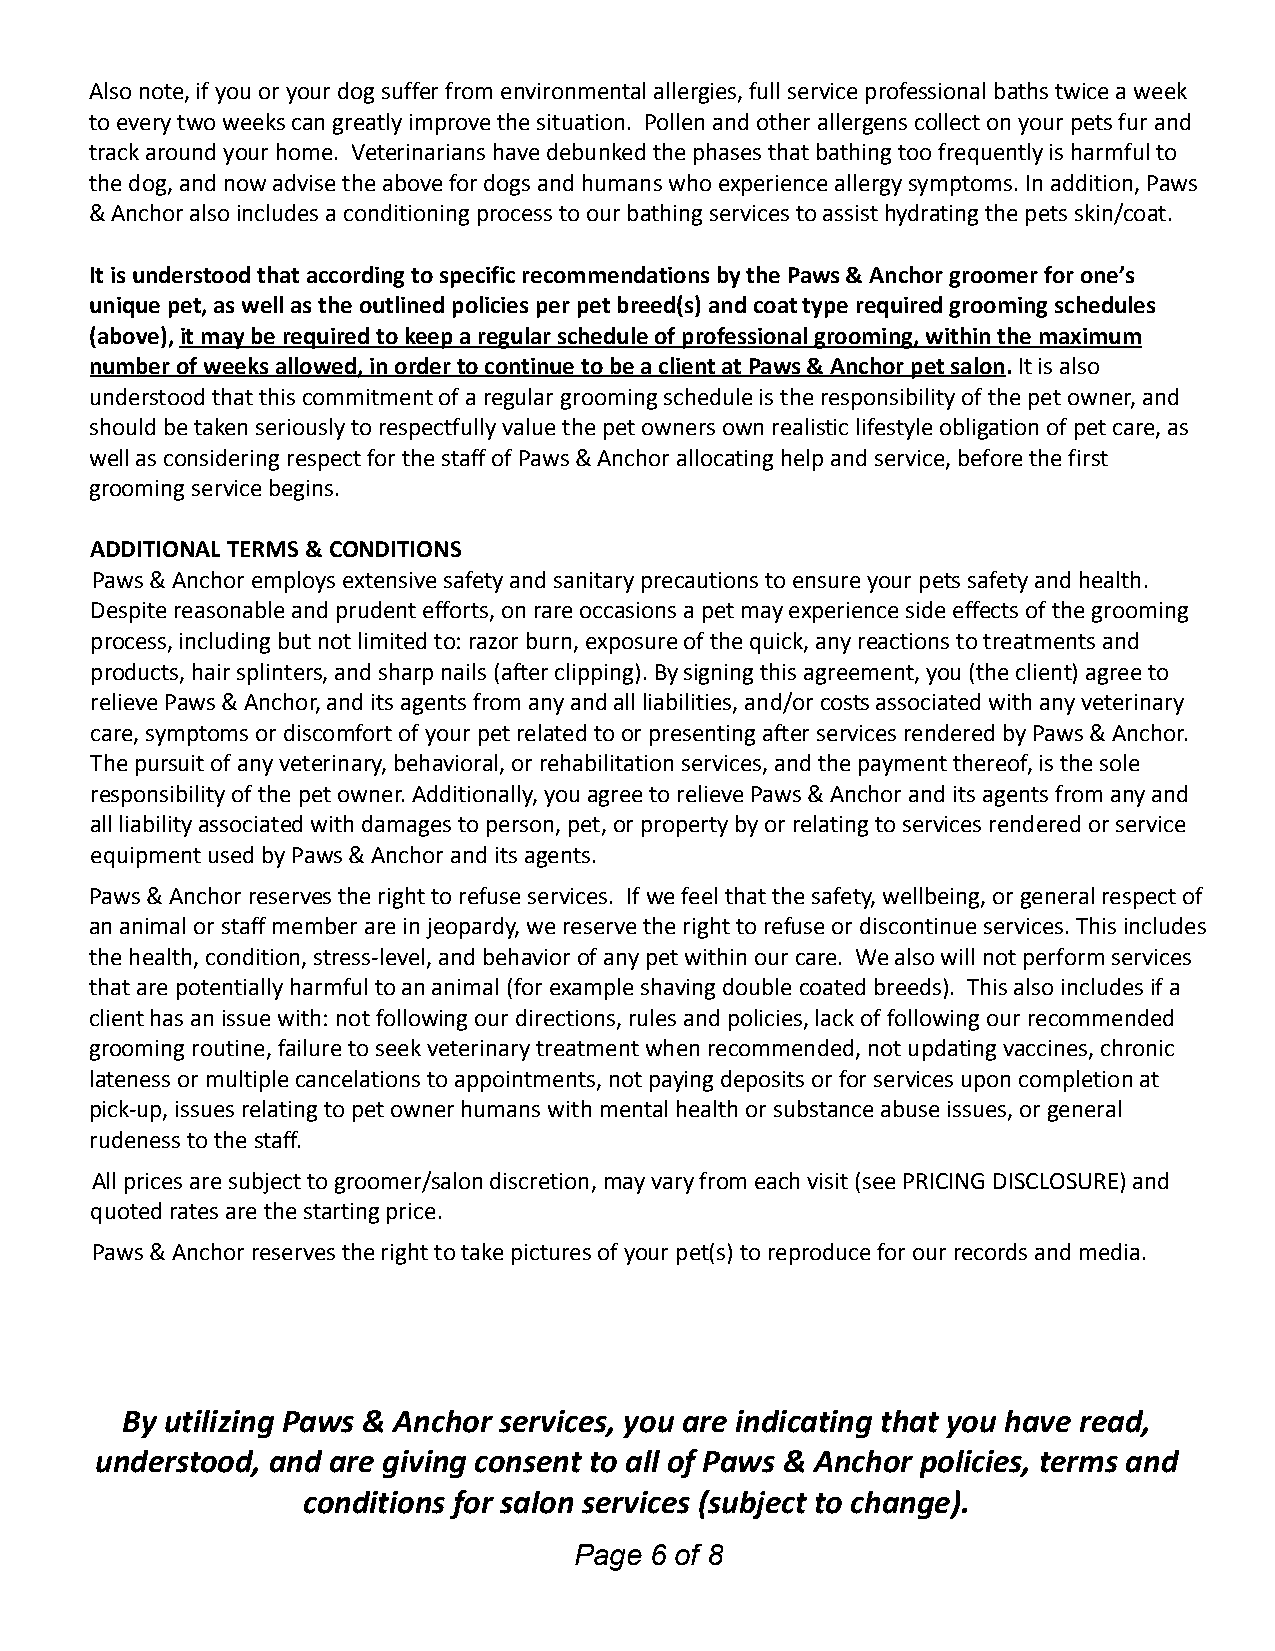
Also note, if you or your dog suffer from environmental allergies, full service professional baths twice a week
 to every two weeks can greatly improve the situation. Pollen and other allergens collect on your pets fur and
 track around your home. Veterinarians have debunkedthe phases that bathing too frequently is harmfulto
 the dog, and now advise the above for dogs and humanswho experience allergy symptoms. In addition, Paws
 & Anchor also includes a conditioning process to ourbathing services to assist hydrating the pets skin/coat.
 It is understood that according to specific recommendationsby the Paws & Anchor groomer for one’s
 unique pet, as well as the outlined policies per petbreed(s) and coat type required grooming schedules
 (above),it may be required to keep a regular scheduleof professional grooming, within the maximum
 number of weeks allowed, in order to continue to bea client at Paws & Anchor pet salon.It is also
 understood that this commitment of a regular groomingschedule is the responsibility of the pet owner,and
 should be taken seriously to respectfully value thepet owners own realistic lifestyle obligation ofpet care, as
 well as considering respect for the staff of Paws& Anchor allocating help and service, before the first
 grooming service begins.
 ADDITIONAL TERMS & CONDITIONS
 Paws & Anchor employs extensive safety and sanitaryprecautions to ensure your pets safety and health.
 Despite reasonable and prudent efforts, on rare occasionsa pet may experience side effects of the grooming
 process, including but not limited to: razor burn,exposure of the quick, any reactions to treatmentsand
 products, hair splinters, and sharp nails (after clipping).By signing this agreement, you (the client) agreeto
 relieve Paws & Anchor, and its agents from any andall liabilities, and/or costs associated with anyveterinary
 care, symptoms or discomfort of your pet related toor presenting after services rendered by Paws & Anchor.
 The pursuit of any veterinary, behavioral, or rehabilitationservices, and the payment thereof, is the sole
 responsibility of the pet owner. Additionally, youagree to relieve Paws & Anchor and its agents fromany and
 all liability associated with damages to person, pet,or property by or relating to services rendered orservice
 equipment used by Paws & Anchor and its agents.
 Paws & Anchor reserves the right to refuse services. If we feel that the safety, wellbeing, or generalrespect of
 an animal or staff member are in jeopardy, we reservethe right to refuse or discontinue services. Thisincludes
 the health, condition, stress-level, and behaviorof any pet within our care. We also will not performservices
 that are potentially harmful to an animal (for exampleshaving double coated breeds). This also includesif a
 client has an issue with: not following our directions,rules and policies, lack of following our recommended
 grooming routine, failure to seek veterinary treatmentwhen recommended, not updating vaccines, chronic
 lateness or multiple cancelations to appointments,not paying deposits or for services upon completionat
 pick-up, issues relating to pet owner humans withmental health or substance abuse issues, or general
 rudeness to the staff.
 All prices are subject to groomer/salon discretion,may vary from each visit (see PRICING DISCLOSURE)and
 quoted rates are the starting price.
 Paws & Anchor reserves the right to take picturesof your pet(s) to reproduce for our records and media.
 By utilizing Paws & Anchor services, you are indicating that you have read,
 understood, and are giving consent to all of Paws & Anchor policies, terms and
 conditions for salon services (subject to change).
 Page 6 of 8